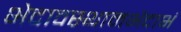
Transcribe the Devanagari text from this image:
भेदावस्थामभेदाभं